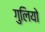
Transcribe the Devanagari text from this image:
गुलियो